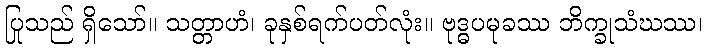
ပြုသည် ရှိသော်။ သတ္တာဟံ၊ ခုနှစ်ရက်ပတ်လုံး။ ဗုဒ္ဓပမုခဿ ဘိက္ခုသံဃဿ၊